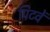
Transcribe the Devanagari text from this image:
पिटवें